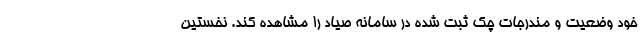
خود وضعیت و مندرجات چک ثبت شده در سامانه صیاد را مشاهده کند. نخستین